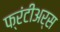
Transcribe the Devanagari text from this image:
फ्रंटीअर्स